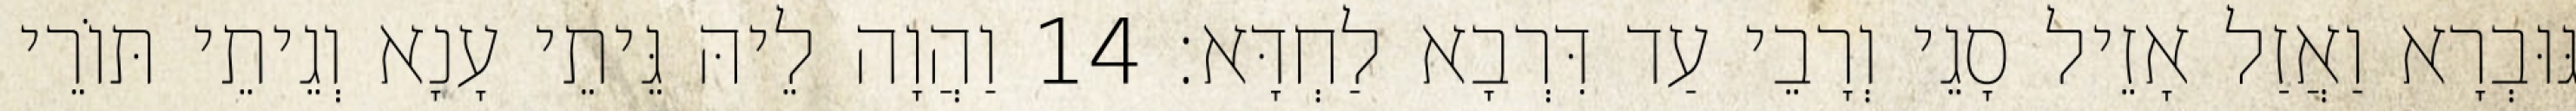
גּוּבְרָא וַאֲזַל אָזֵיל סָגֵי וְרָבֵי עַד דִּרְבָא לַחְדָּא׃ 14 וַהֲוָה לֵיהּ גֵּיתֵי עָנָא וְגֵיתֵי תּוֹרֵי